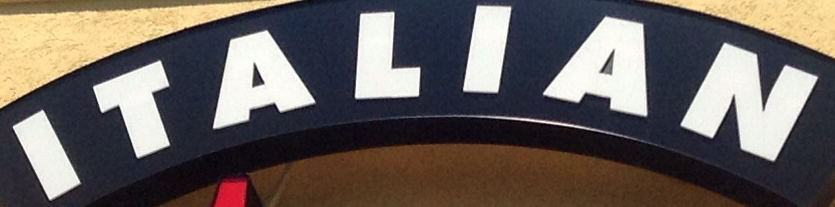
ITALIAN